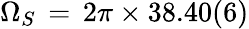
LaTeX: \Omega_{S}\, =\, 2\pi\times 38.40(6)